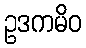
ဥဒကမိဝ